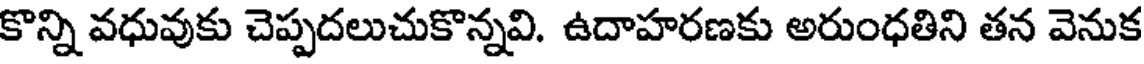
కొన్ని వధువుకు చెప్పదలుచుకొన్నవి. ఉదాహరణకు అరుంధతిని తన వెనుక